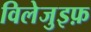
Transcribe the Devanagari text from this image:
विलेजुइफ़